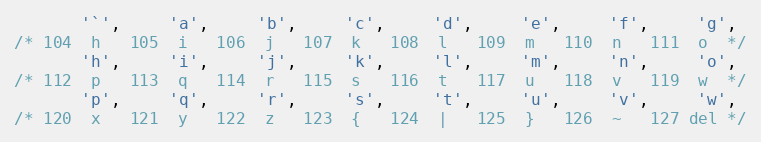
Language: C++
       '`',     'a',     'b',     'c',     'd',     'e',     'f',     'g',
/* 104  h   105  i   106  j   107  k   108  l   109  m   110  n   111  o  */
       'h',     'i',     'j',     'k',     'l',     'm',     'n',     'o',
/* 112  p   113  q   114  r   115  s   116  t   117  u   118  v   119  w  */
       'p',     'q',     'r',     's',     't',     'u',     'v',     'w',
/* 120  x   121  y   122  z   123  {   124  |   125  }   126  ~   127 del */